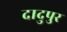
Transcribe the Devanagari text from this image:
दादुपुर